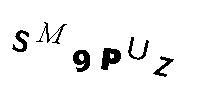
SM9PUZ